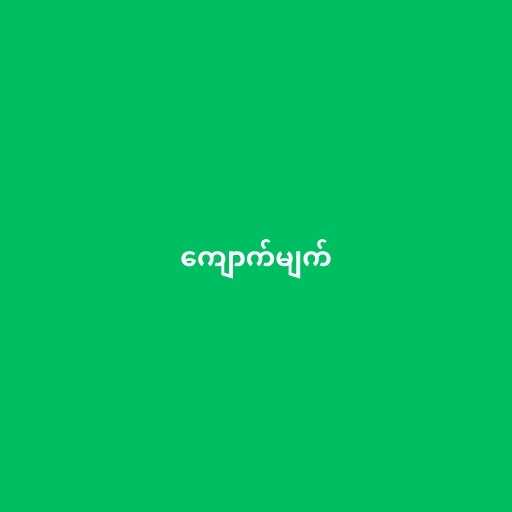
ကျောက်မျက်